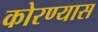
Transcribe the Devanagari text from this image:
कोरण्यास